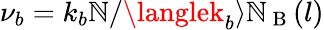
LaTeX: \nu_{b}=k_{b}\mathbb{N}/\langlek_{b}\rangle\mathbb{N}_{\mathrm{{~B~}}}(l)